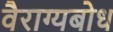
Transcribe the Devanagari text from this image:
वैराग्यबोध